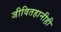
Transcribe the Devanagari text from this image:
जीवितहानीही